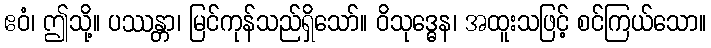
ဧဝံ၊ ဤသို့။ ပဿန္တာ၊ မြင်ကုန်သည်ရှိသော်။ ဝိသုဒ္ဓေန၊ အထူးသဖြင့် စင်ကြယ်သော။